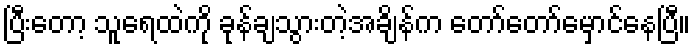
ပြီးတော့ သူရေထဲကို ခုန်ချသွားတဲ့အချိန်က တော်တော်မှောင်နေပြီ။